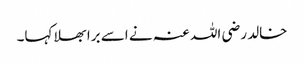
خالد رضی اللہ عنہ نے اسے برا بھلا کہا۔